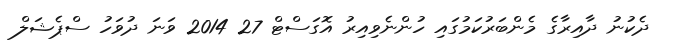
ދެކުނު ދާއިރާގެ މެންބަރުކަމުގައި ހުންނެވިއިރު އޮގަސްޓް 27 2014 ވަނަ ދުވަހު ސްޕެޝަލް